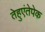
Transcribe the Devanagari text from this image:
तेहुएंतेपेक